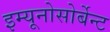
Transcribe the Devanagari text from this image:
इम्यूनोसोर्बेन्ट